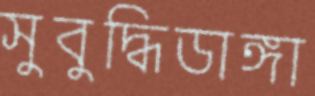
সুবুদ্ধিডাঙ্গা